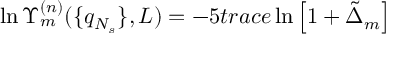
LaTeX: \ln \Upsilon _ { m } ^ { ( n ) } ( \{ q _ { N _ { s } } \} , L ) = - 5 t r a c e \ln \left[ 1 + \tilde { \Delta } _ { m } \right]